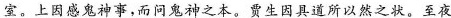
宝，上国感鬼神事，西问鬼神之本货生因具道所以然之状。至夜